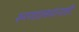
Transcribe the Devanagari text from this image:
रुग्णालयांनाही